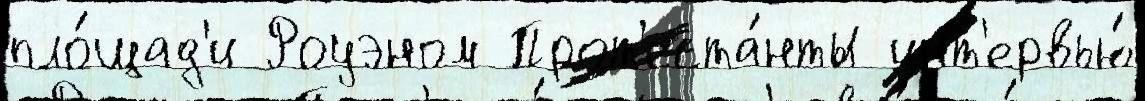
пло́щад'и Роуэном Прот'еста́нты инт'ервью́